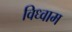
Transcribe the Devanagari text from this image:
विध्वाम